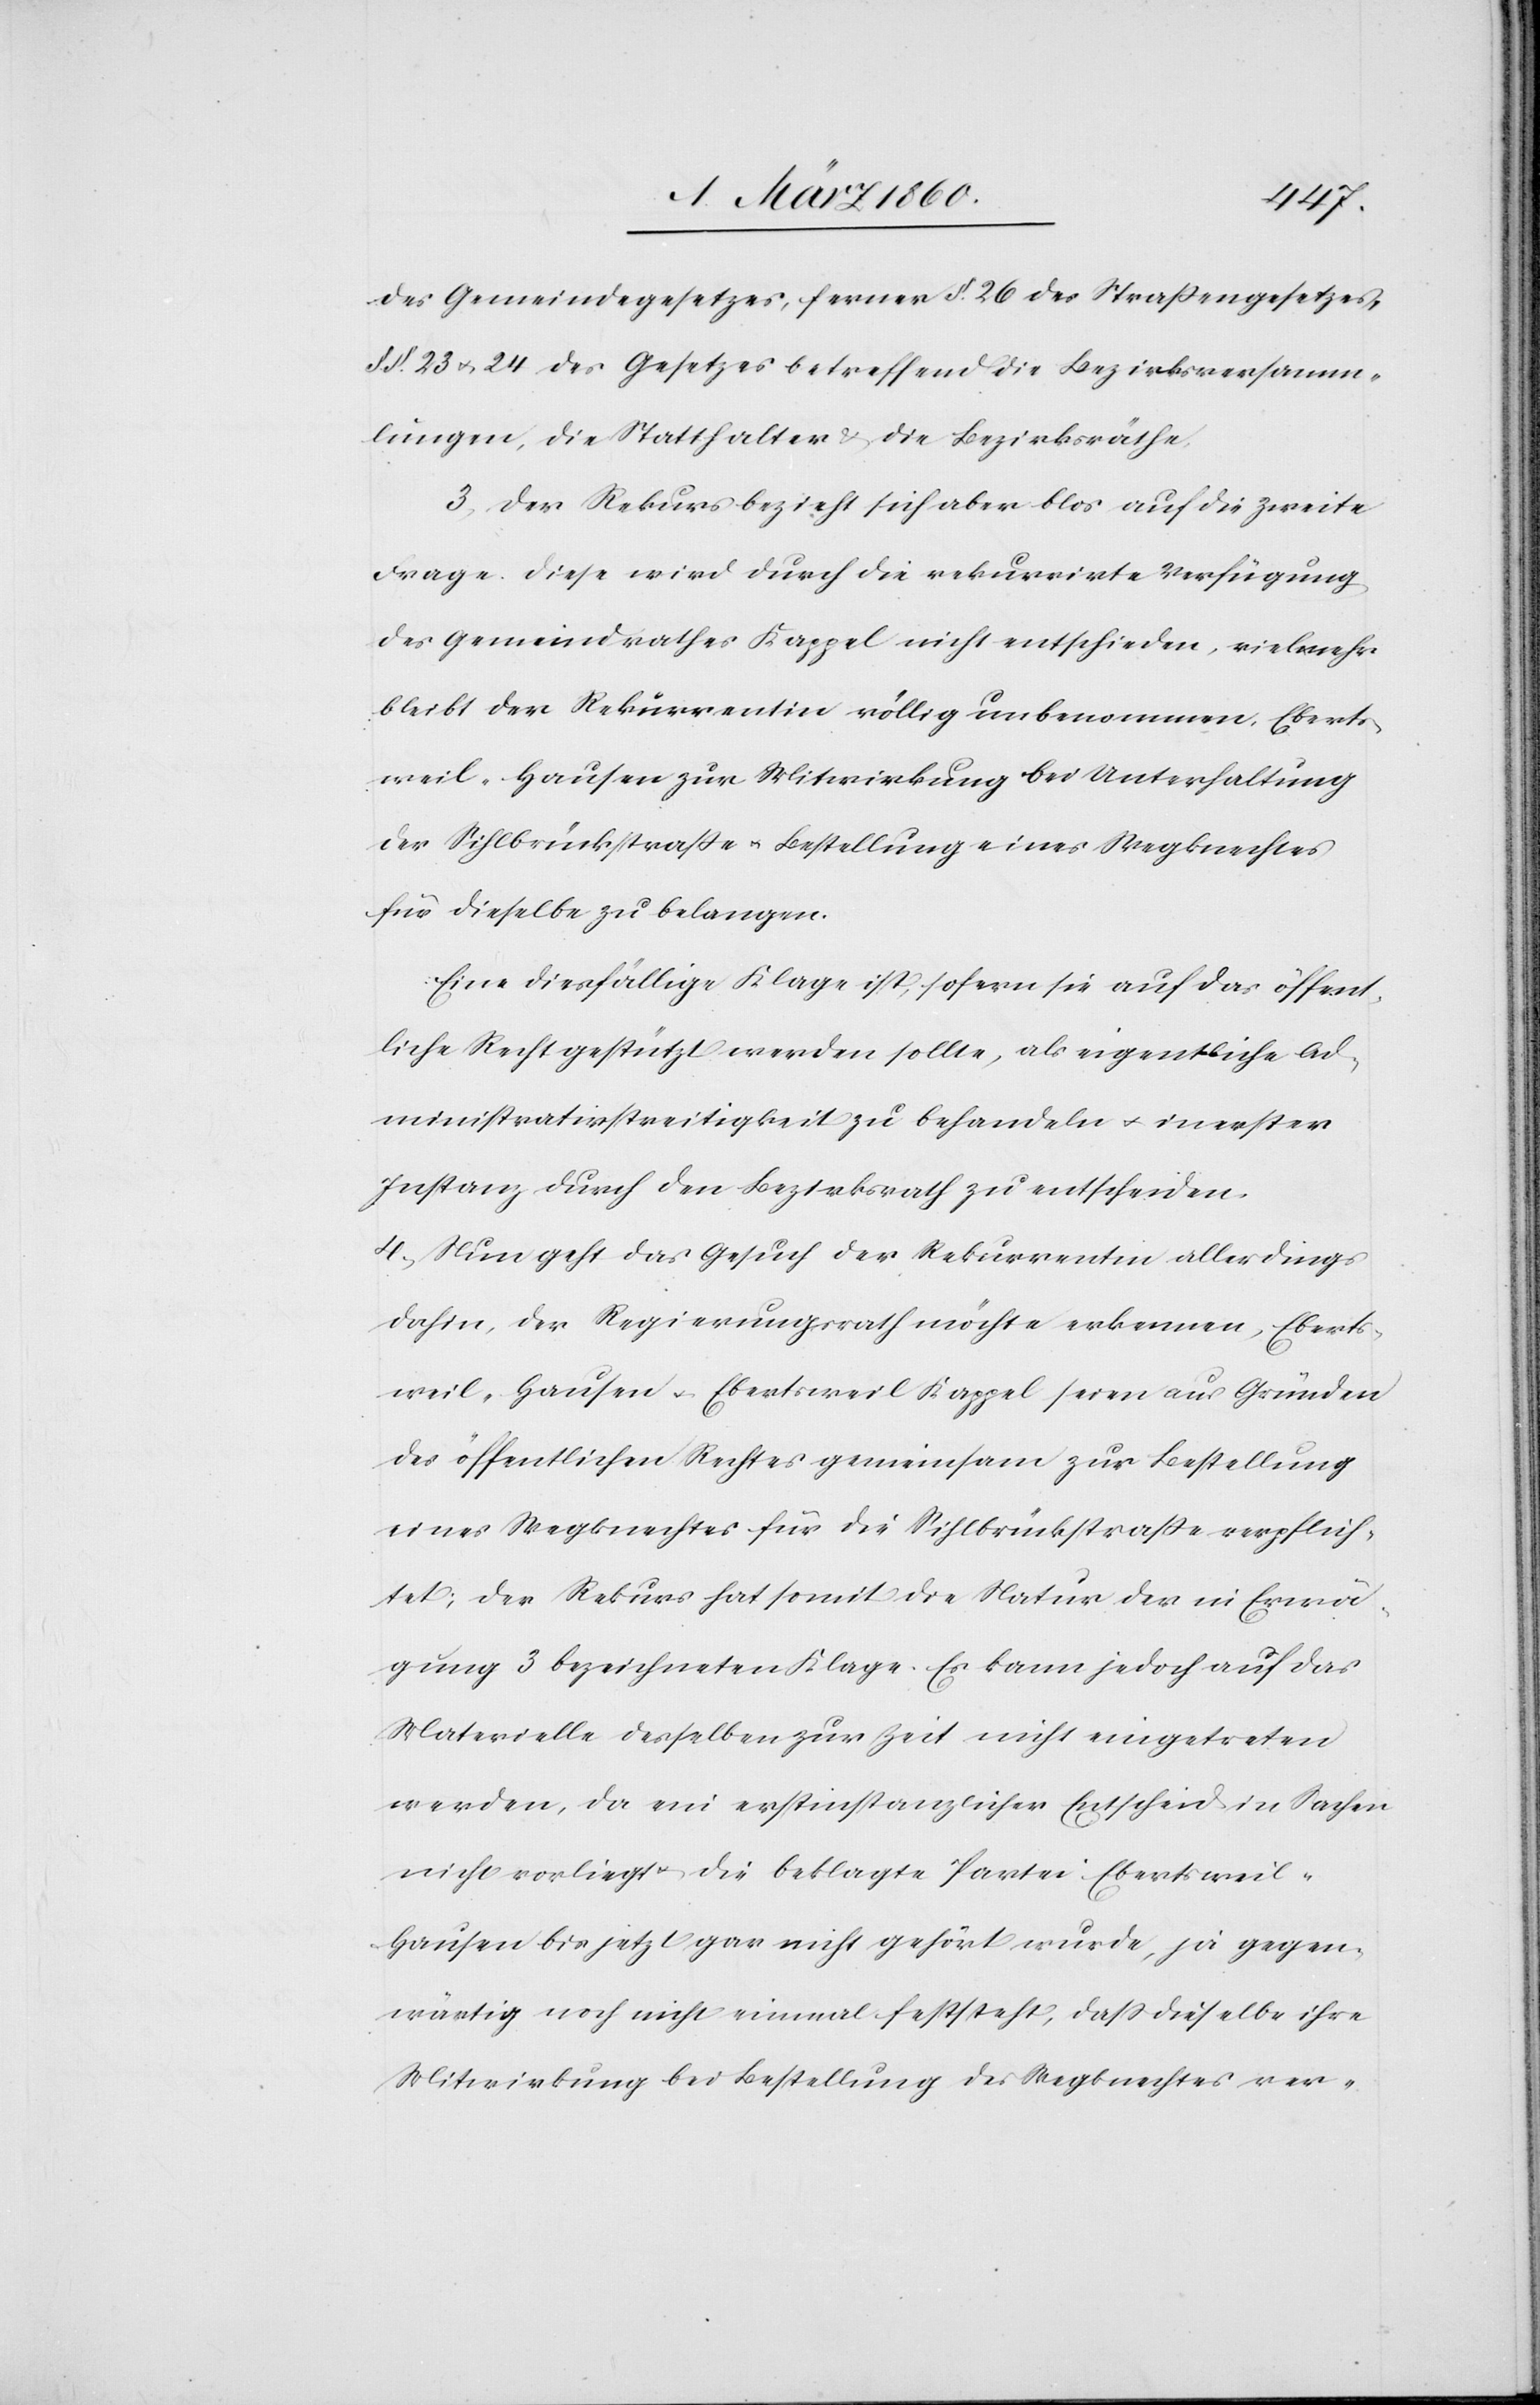
e.[)]
des Gemeindegesetzes, ferner §. 26. des Strassengesetzes,
§§. 23 u. 24 des Gesetzes betreffend die Bezirksversamm¬
lungen, die Statthalter u. die Bezirksräth¬
3. der Rekurs bezieht sich aber blos auf die zweite
Frage. Diese wird durch die rekurrirte Verfügung
des Gemeindrathes Kappel nicht entschieden, vielmehr
bleibt der Rekurrentin völlig unbenommen, Eberts¬
weil-Hausen zur Mitwirkung bei Unterhaltung
der Sihlbrückstrasse u. Bestellung eines Wegknechtes
für dieselbe zu belangen.
Eine diesfällige Klage ist, sofern sie auf das öffent¬
liche Recht gestützt werden sollte, als eigentliche Ad¬
ministrativstreitigkeit zu behandeln u. in erster
Instanz durch den Bezirksrath zu entscheiden.
4. Nun geht das Gesuch der Rekurrenten allerdings
dahin, der Regierungsrath möchte erkennen, Eberts¬
weil-Hausen u. Ebertsweil-Kappel seien aus Gründen
des öffentlichen Rechtes gemeinsam zur Bestellung
eines Wegknechtes für die Sihlbrückstrasse verpflich¬
tet; der Rekurs hat somit die Natur der in Erwä¬
gung 3 bezeichneten Klage. Es kann jedoch auf das
Materielle desselben zur Zeit nicht eingetreten
werden, da ein erstinstanzlicher Entscheid in Sachen
nicht vorliegt u. die beklagte Partei Ebertsweil-H¬
ausen bis jetzt gar nicht einmal gehört wurde, ja gegen¬
wärtig noch nicht einmal feststeht, dass dieselbe ihre
Mitwirkung bei Bestellung des Wegknechtes ver-